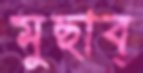
মুছাব্